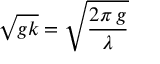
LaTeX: { \sqrt { g k } } = { \sqrt { \frac { 2 \pi \, g } { \lambda } } }